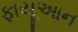
ફાયૂઆન